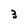
Character: 3